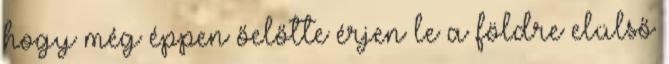
hogy még éppen őelőtte érjen le a földre elülső